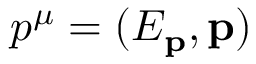
p ^ { \mu } = ( E _ { \mathbf { p } } , \mathbf { p } )